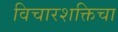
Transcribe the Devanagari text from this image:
विचारशक्तिचा